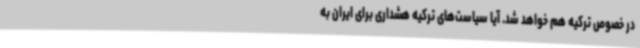
در خصوص ترکیه هم خواهد شد. آیا سیاست‌های ترکیه هشداری برای ایران به